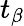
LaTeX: t_{\beta}